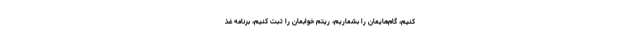
کنیم، گام‌هایمان را بشماریم، ریتم خوابمان را ثبت کنیم، برنامهٔ غذ